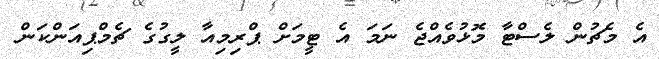
އެ މެޗުން ލެސްޓާ މޮޅުވެއްޖެ ނަމަ އެ ޓީމަށް ޕްރިމިއާ ލީގުގެ ޗެމްޕިއަންކަން